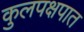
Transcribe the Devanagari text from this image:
कुलपक्षपात